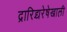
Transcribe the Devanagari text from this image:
द्रारिद्र्यरेषेखाली